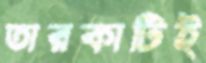
তারকাটিই